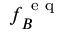
f _ { B } ^ { \mathrm { ~ e ~ q ~ } }